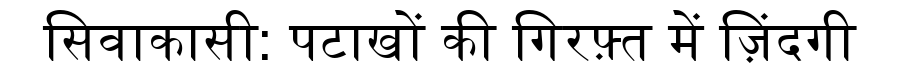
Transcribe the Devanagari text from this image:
सिवाकासी: पटाखों की गिरफ़्त में ज़िंदगी